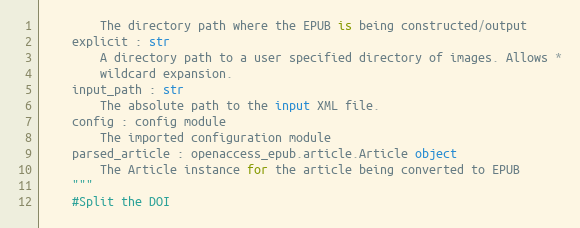
Language: Python
        The directory path where the EPUB is being constructed/output
    explicit : str
        A directory path to a user specified directory of images. Allows *
        wildcard expansion.
    input_path : str
        The absolute path to the input XML file.
    config : config module
        The imported configuration module
    parsed_article : openaccess_epub.article.Article object
        The Article instance for the article being converted to EPUB
    """
    #Split the DOI